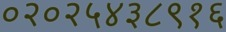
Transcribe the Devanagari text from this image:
०२०२५४३८९१६